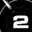
Digit: 2